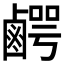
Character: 𮭯